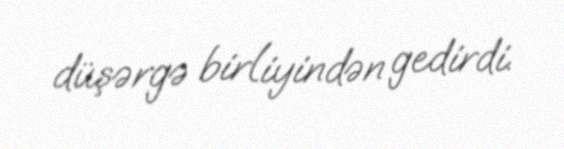
düşərgə birliyindən gedirdi.